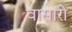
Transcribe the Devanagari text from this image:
वासारी